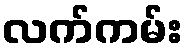
လက်ကမ်း